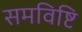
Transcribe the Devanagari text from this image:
समविष्टि